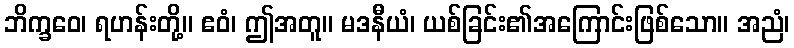
ဘိက္ခဝေ၊ ရဟန်းတို့။ ဧဝံ၊ ဤအတူ။ မဒနီယံ၊ ယစ်ခြင်း၏အကြောင်းဖြစ်သော။ အညံ၊